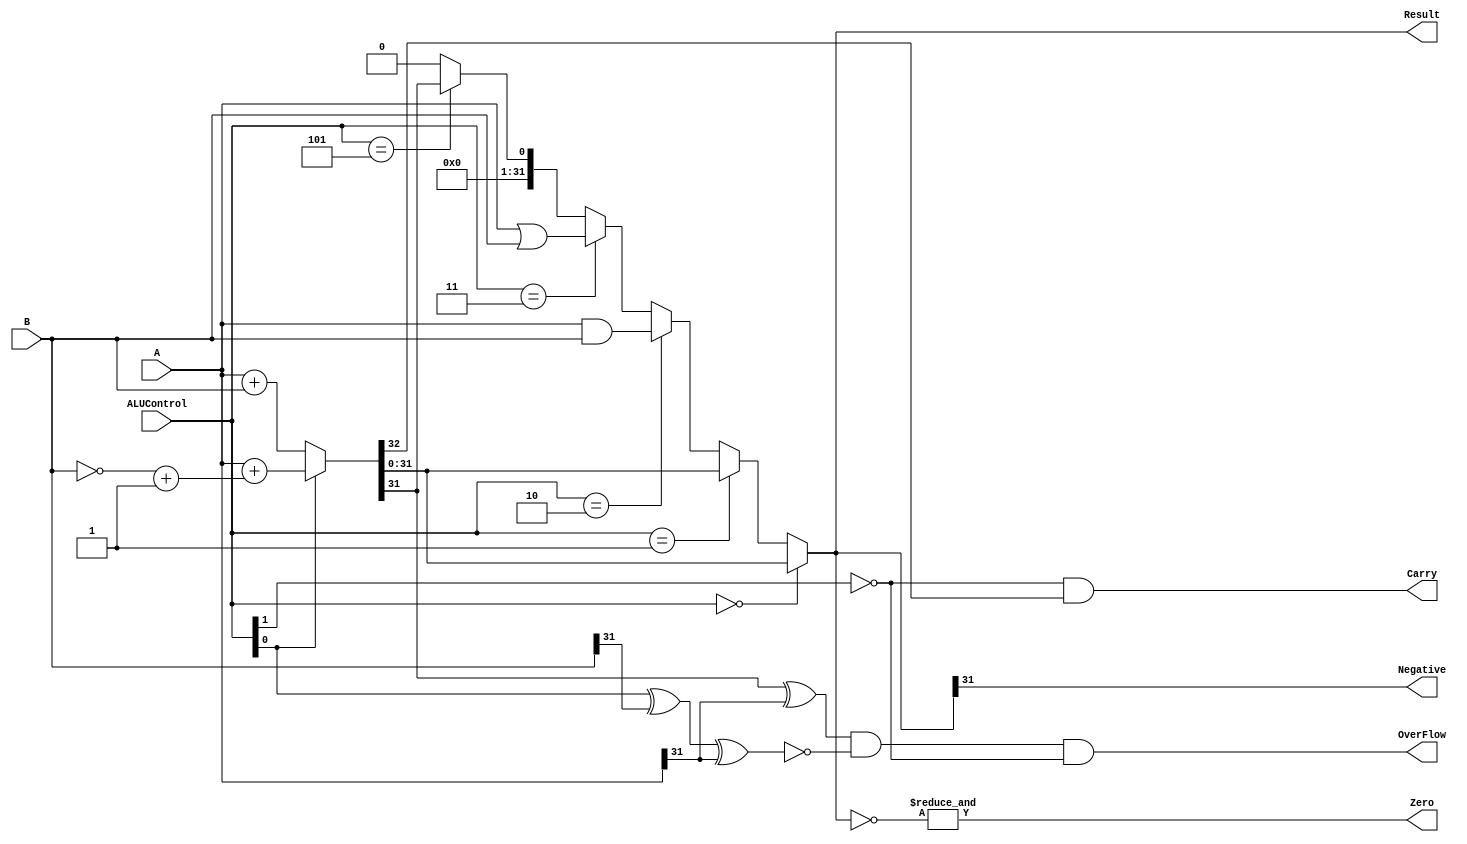
module ALU(A,B,Result,ALUControl,OverFlow,Carry,Zero,Negative);

    input [31:0]A,B;
    input [2:0]ALUControl;
    output Carry,OverFlow,Zero,Negative;
    output [31:0]Result;

    wire Cout;
    wire [31:0]Sum;

    assign {Cout,Sum} = (ALUControl[0] == 1'b0) ? A + B :
                                          (A + ((~B)+1)) ;
    assign Result = (ALUControl == 3'b000) ? Sum :
                    (ALUControl == 3'b001) ? Sum :
                    (ALUControl == 3'b010) ? A & B :
                    (ALUControl == 3'b011) ? A | B :
                    (ALUControl == 3'b101) ? {{31{1'b0}},(Sum[31])} : {32{1'b0}};
    
    assign OverFlow = ((Sum[31] ^ A[31]) & 
                      (~(ALUControl[0] ^ B[31] ^ A[31])) &
                      (~ALUControl[1]));
    assign Carry = ((~ALUControl[1]) & Cout);
    assign Zero = &(~Result);
    assign Negative = Result[31];

endmodule

// module ALU(A,B,ALUControl,Result,Z,N,V,C);
//     // declaring inputs
//     input [31:0] A,B;  // 32 bits variable
//     input [2:0] ALUControl;

//     // declaring outputs
//     output [31:0] Result;
//     output [31:0] Z,N,V,C;

//     // declaring interim wires
//     wire [31:0] a_and_b;
//     wire [31:0] a_or_b;
//     wire [31:0] not_b;

//     wire [31:0] mux_1;

//     wire [31:0] sum;

//     wire [31:0] mux_2;

//     wire [31:0] slt;

//     wire cout;

//     // logic design
//     // AND Operation
//     assign a_and_b = A & B;

//     // OR Operation
//     assign a_or_b = A | B;

//     // NOT Operation
//     assign not_b = ~B;

//     // Ternary Operator
//     assign mux_1 = (ALUControl[0] == 1'b0) ? B : not_b;

//     // Addition / Subtraction Operation
//     assign {cout,sum} = A + mux_1 + ALUControl[0];

//     // Zero Extension
//     assign slt = {31'b0000000000000000000000000000000,sum[31]};

//     // Designing 4by1 Mux
//     assign mux_2 = (ALUControl[2:0] == 3'b000) ? sum :              //if
//                    (ALUControl[2:0] == 3'b001) ? sum :              //else if
//                    (ALUControl[2:0] == 3'b010) ? a_and_b :          //else if
//                    (ALUControl[2:0] == 3'b011) ? a_or_b :           //else if 
//                    (ALUControl[2:0] == 3'b101) ? slt : 31'h00000000;  //else if //else 

//     // Result
//     assign Result = mux_2;

//     // flags Assignment
//     assign Z = &(~Result);  // zero flag

//     assign N = Result[31];  // first digit is zero or one tell the number is -ve or +ve

//     assign C = cout & (~ALUControl[1]);  // carru flag

//     assign V = ((~ALUControl[1]) & (A[31] ^ Sum[31]) & (~(ALUControl[0] ^ A[31] ^ B[31])));

// endmodule;